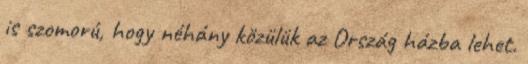
is szomorú, hogy néhány közülük az Ország házba lehet.